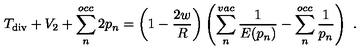
T _ { \mathrm { d i v } } + V _ { 2 } + \sum _ { n } ^ { o c c } 2 p _ { n } = \left( 1 - \frac { 2 w } { R } \right) \left( \sum _ { n } ^ { v a c } \frac { 1 } { E ( p _ { n } ) } - \sum _ { n } ^ { o c c } \frac { 1 } { p _ { n } } \right) \ .